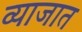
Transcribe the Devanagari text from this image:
व्याजात